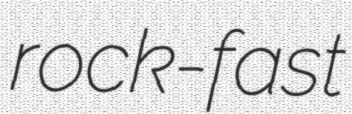
rock-fast